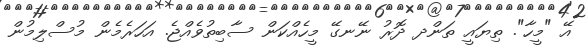
އޭ "މީހާ". ތިޔައީ ތަންދ ދޮރު ނޭނގޭ މީހެއްކަން ސާބިތުވެއްޖެ. އަހަރެމެން މުސްލިމުން